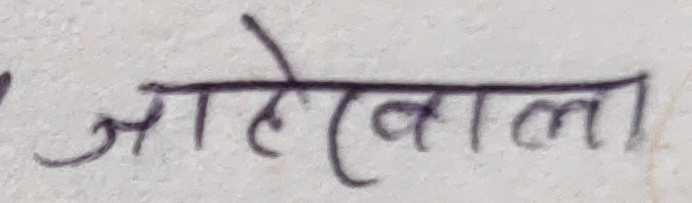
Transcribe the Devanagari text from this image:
जहेरवाला